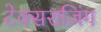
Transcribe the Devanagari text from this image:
टेक्सराज़िंग